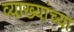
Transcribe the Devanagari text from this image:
व्याख्यांच्या